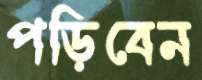
পড়িবেন